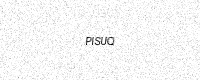
Text: PISUQ